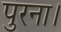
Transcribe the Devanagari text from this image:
पुरना।